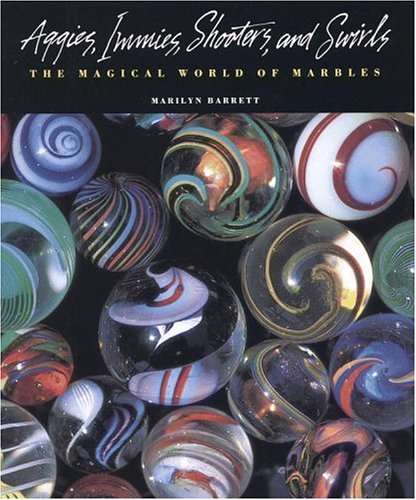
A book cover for Aggies, Immies, Shooters, and Swirls: The Magical World of Marbles; Marilyn Barrett; Crafts, Hobbies & Home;